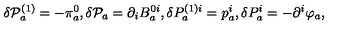
\delta \mathcal { P } _ { a } ^ { ( 1 ) } = - \pi _ { a } ^ { 0 } , \delta \mathcal { P } _ { a } = \partial _ { i } B _ { a } ^ { 0 i } , \delta P _ { a } ^ { ( 1 ) i } = p _ { a } ^ { i } , \delta P _ { a } ^ { i } = - \partial ^ { i } \varphi _ { a } ,